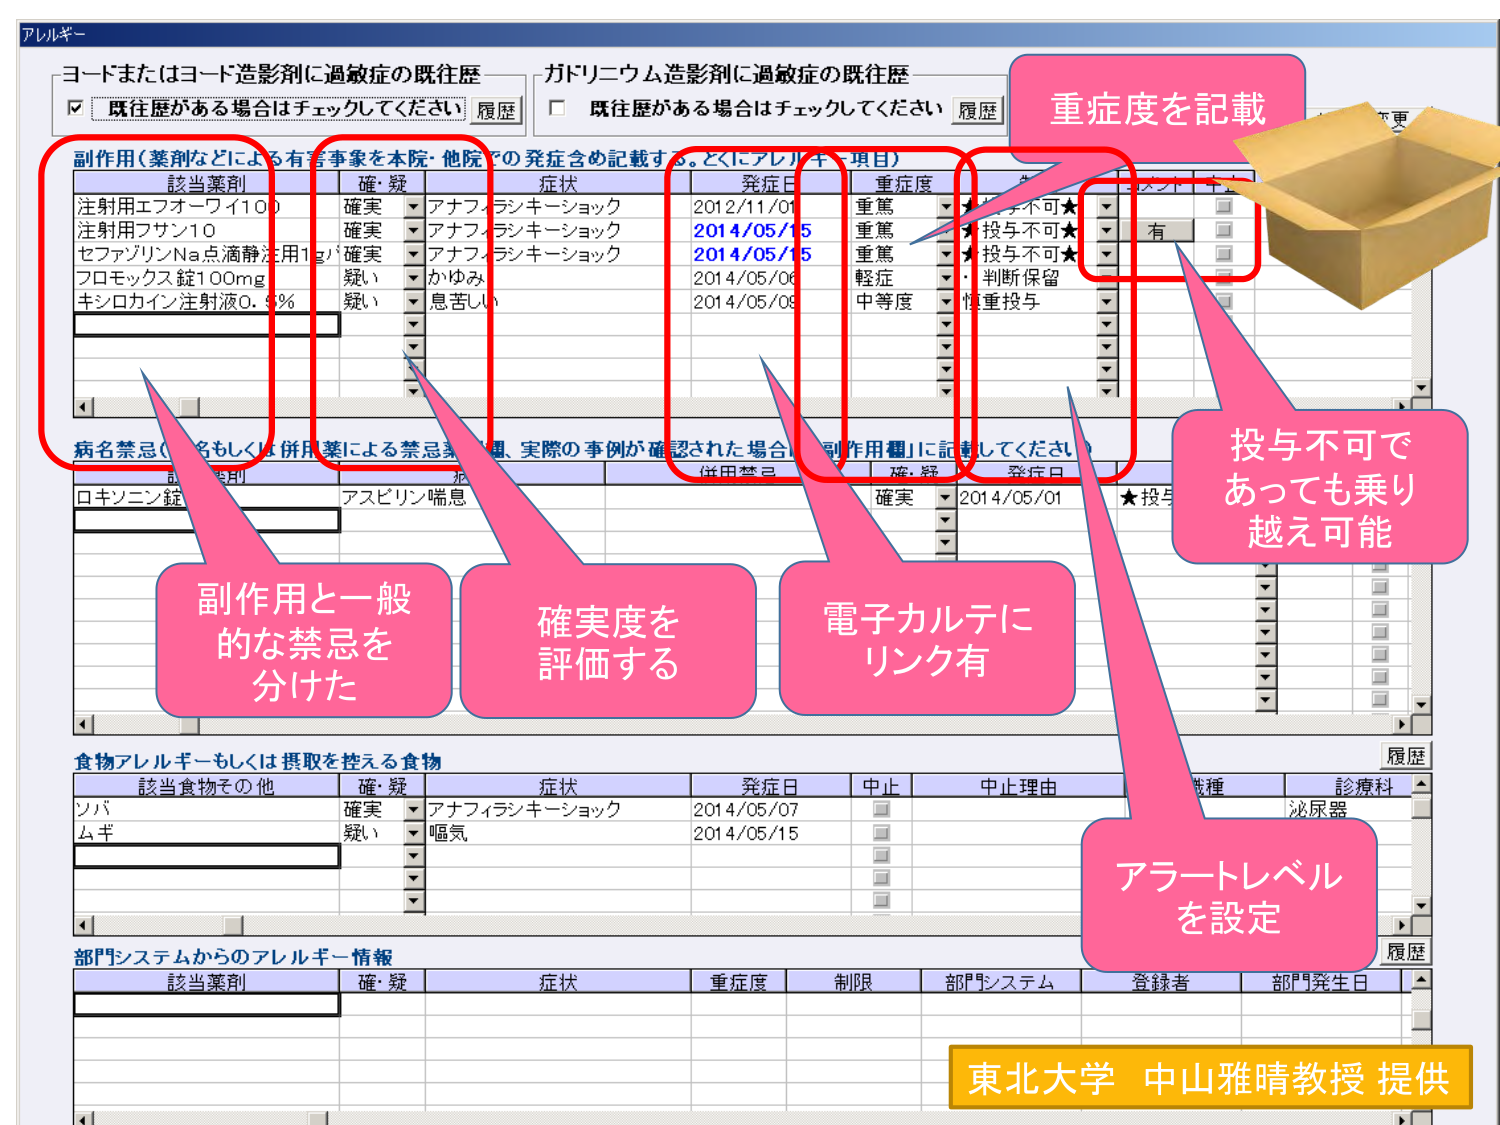
アレルギー
コードまたはヨード造影剤に過敏症の既往歴
☑ 既往歴がある場合はチェックしてください 履歴
ガドリニウム造影剤に過敏症の既往歴
□ 既往歴がある場合はチェックしてください 履歴

副作用（薬剤などによる有害事象を本院・他院での発症含め記載する。とくにアレルギー項目）
該当薬剤 確・疑 症状 発症日 重症度 アラートレベル
注射用エフォーワイ100 確実 アナフィラキシーショック 2012/11/01 重篤 ★投与不可★
注射用フサン10 確実 アナフィラキシーショック 2014/05/15 重篤 ★投与不可★
セファゾリンNa点滴静注1g 確実 アナフィラキシーショック 2014/05/15 重篤 ★投与不可★
フロモックス錠100mg 疑い かゆみ 2014/05/06 軽症 ・判断保留
キシロカイン注射液0.5% 疑い 息苦しい 2014/05/08 中等度 慎重投与

病名禁忌（病名もしくは併用薬による禁忌薬剤群、実際の事例が確認された場合「副作用欄」に記載してください）
該当薬剤 併用禁忌 確・疑 発症日
ロキソニン錠 アスピリン喘息 確実 2014/05/01 ★投与不可★

食物アレルギーもしくは摂取を控える食物
該当食物その他 確・疑 症状 発症日 中止 中止理由 種類 診療科
ソバ 確実 アナフィラキシーショック 2014/05/07 □ □ 泌尿器
ムギ 疑い 嘔気 2014/05/15 □ □

部門システムからのアレルギー情報
該当薬剤 確・疑 症状 重症度 制限 部門システム 登録者 部門発生日

重症度を記載
投与不可であっても乗り越え可能
副作⽤と⼀般的な禁忌を分けた
確実度を評価する
電子カルテにリンク有
アラートレベルを設定

東北大学 中山雅晴教授 提供